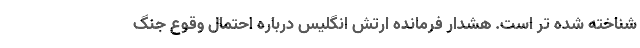
شناخته شده تر است. هشدار فرمانده ارتش انگلیس درباره احتمال وقوع جنگ